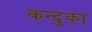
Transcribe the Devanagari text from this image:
कन्दुका